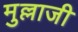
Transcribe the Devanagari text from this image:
मुल्लाजी